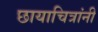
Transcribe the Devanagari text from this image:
छायाचित्रांनी